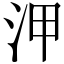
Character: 㳌